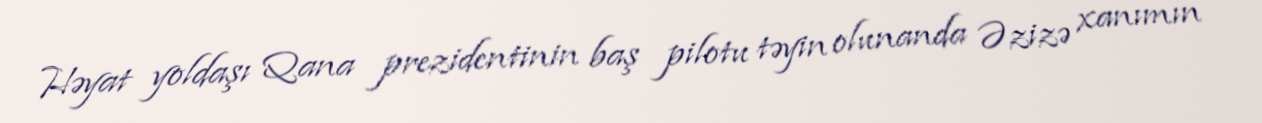
Həyat yoldaşı Qana prezidentinin baş pilotu təyin olunanda Əzizə xanımın